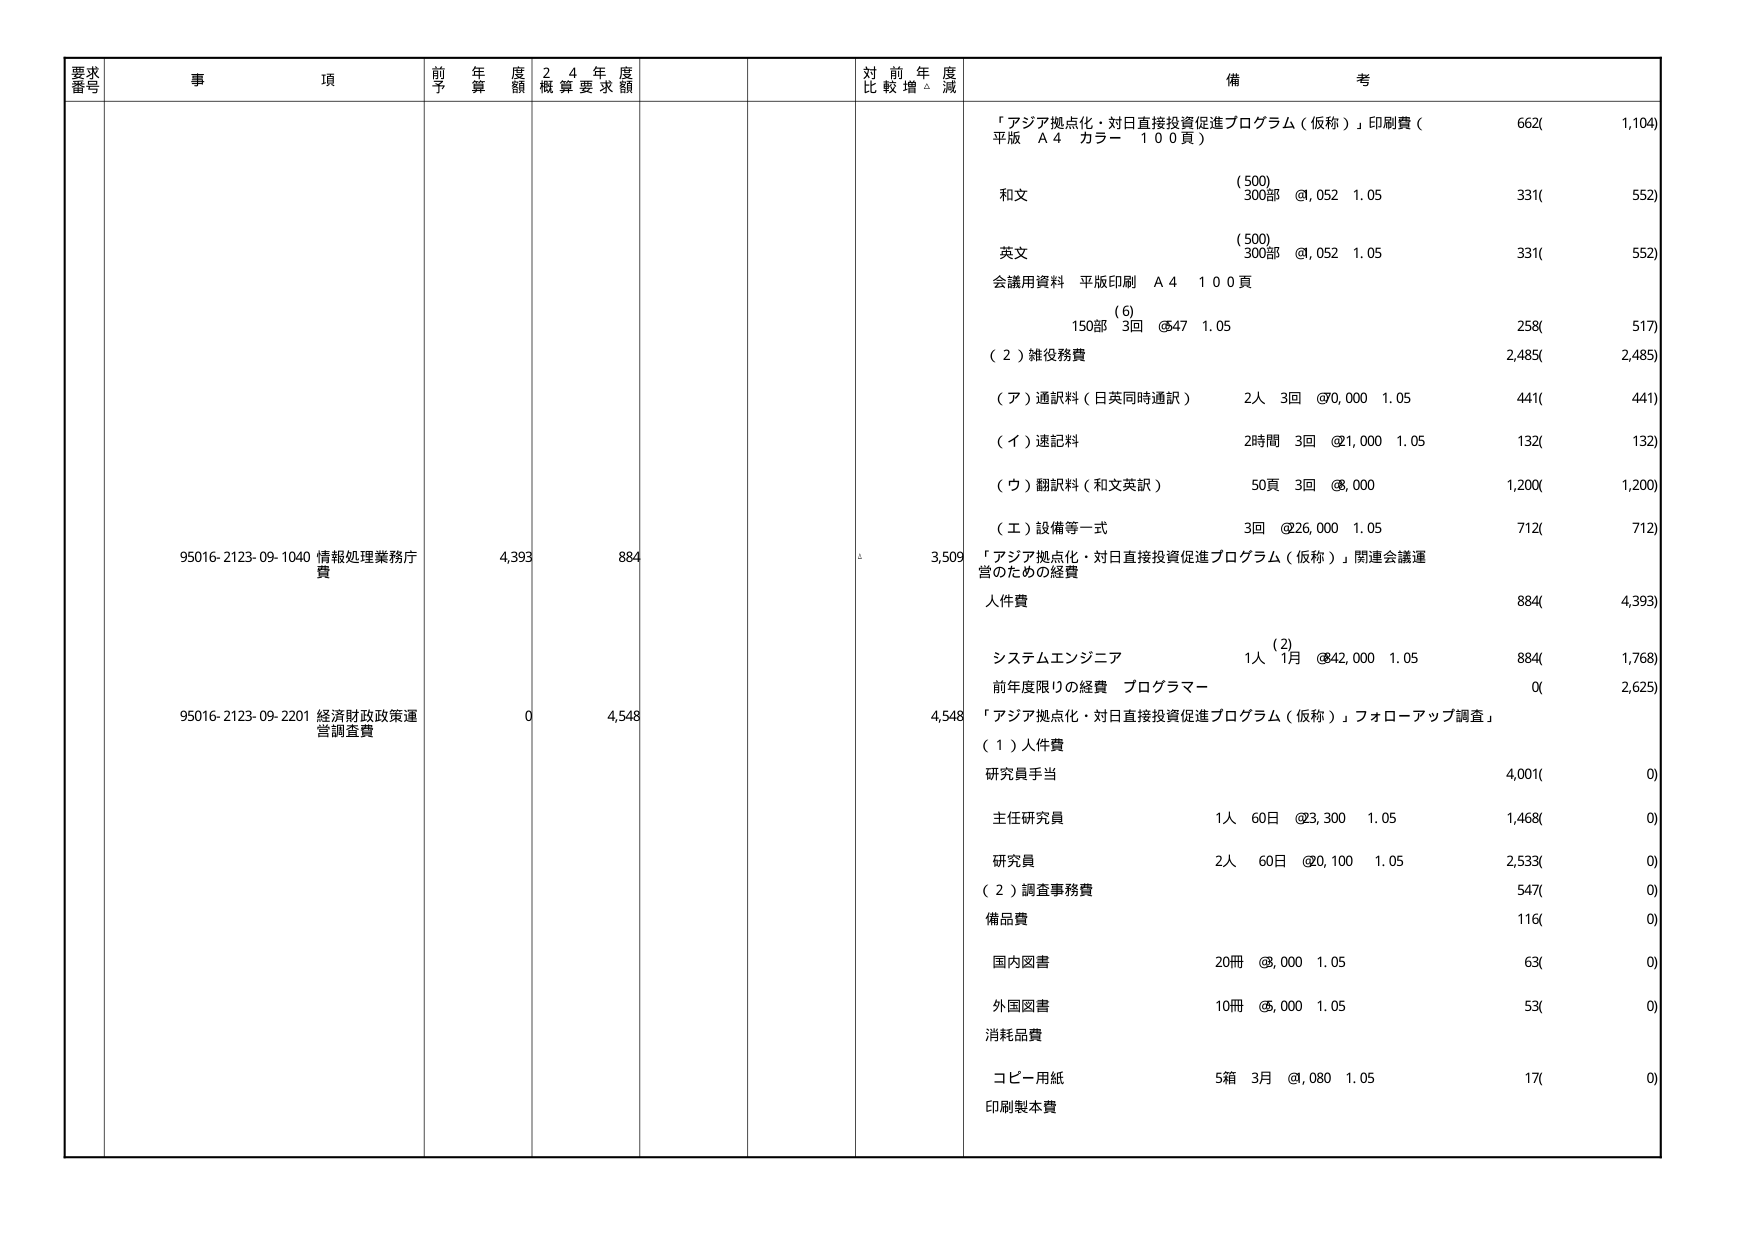
要求番号 事項 前年度予算額 24年度概算要求額 対前年度比較増減 備考
95016-2123-09-1040 情報処理業務庁費 4,393 884 3,509 「アジア拠点化・対日直接投資促進プログラム（仮称）」印刷費（平版 A4 カラー 100頁） 662( 1,104)
和文 (500) 300部 @,052 1.05 331( 552)
英文 (500) 300部 @,052 1.05 331( 552)
会議用資料 平版印刷 A4 100頁 (6) 150部 3回 @547 1.05 258( 517)
（2）雑役務費 2,485( 2,485)
（ア）通訳料（日英同時通訳） 2人 3回 @70,000 1.05 441( 441)
（イ）速記料 2時間 3回 @21,000 1.05 132( 132)
（ウ）翻訳料（和文英訳） 50頁 3回 @8,000 1,200( 1,200)
（エ）設備等一式 3回 @26,000 1.05 712( 712)
「アジア拠点化・対日直接投資促進プログラム（仮称）」関連会議運営のための経費
人件費 884( 4,393)
(2) システムエンジニア 1人 1月 @42,000 1.05 884( 1,768)
前年度限りの経費 プログラマー 0( 2,625)
95016-2123-09-2201 経済財政政策運営調査費 0 4,548 4,548 「アジア拠点化・対日直接投資促進プログラム（仮称）」フォローアップ調査」
（1）人件費
研究員手当 4,001( 0)
主任研究員 1人 60日 @3,300 1.05 1,468( 0)
研究員 2人 60日 @20,100 1.05 2,533( 0)
（2）調査事務費 547( 0)
備品費 116( 0)
国内図書 20冊 @8,000 1.05 63( 0)
外国図書 10冊 @5,000 1.05 53( 0)
消耗品費
コピー用紙 5箱 3月 @,080 1.05 17( 0)
印刷製本費